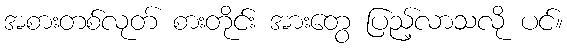
အစားတစ်လုတ် စားတိုင်း အားတွေ ပြည့်လာသလို ပင်။